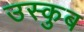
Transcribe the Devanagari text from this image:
उस्कुब